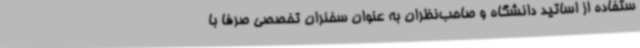
ستفاده از اساتید دانشگاه و صاحب‌نظران به عنوان سخنران تخصصی صرفا با